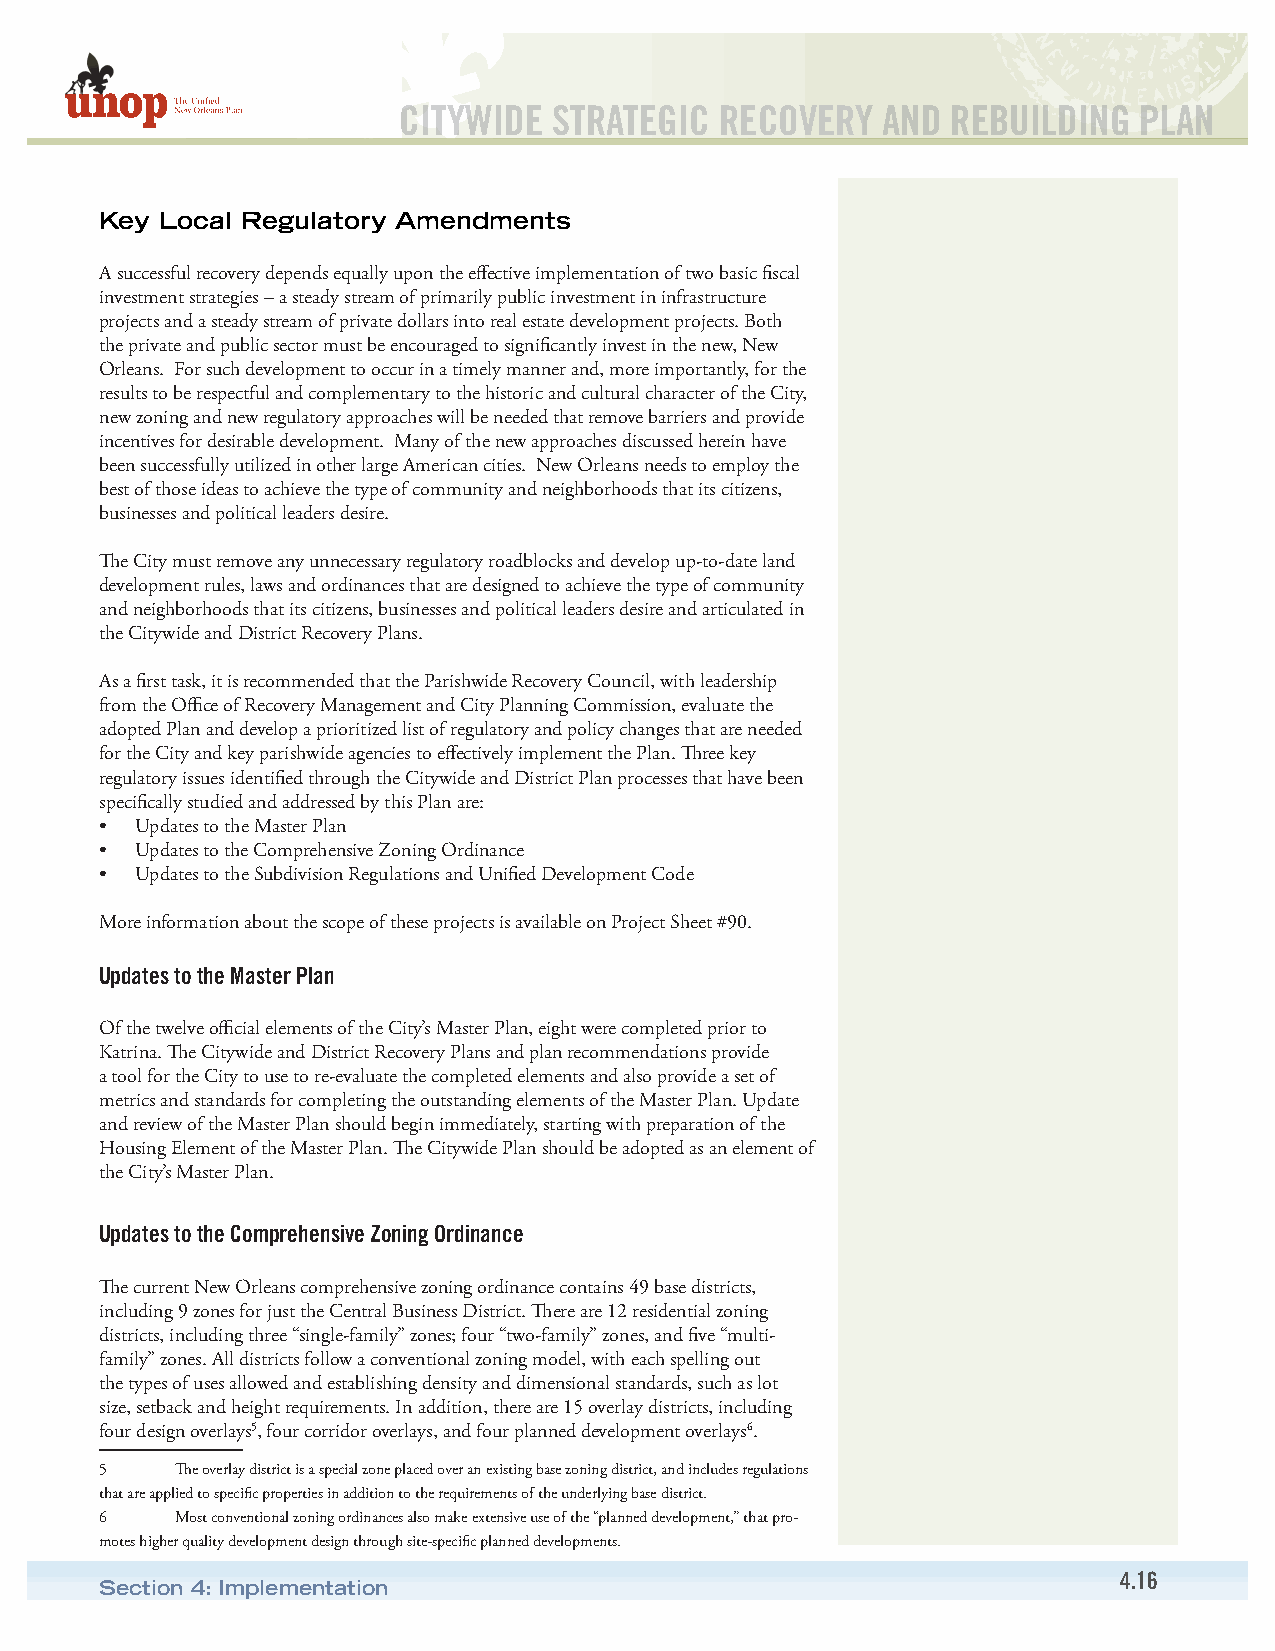
CITYWIDE   STRATEGIC  RECOVERY  AND  REBUILDING  PLAN
 Key Local Regulatory Amendments
 A successful recovery depends equally upon the effective implementation of two basic fiscal
 investment strategies – a steady stream of primarily public investment in infrastructure
 projects and a steady stream of private dollars into real estate development projects. Both
 the private and public sector must be encouraged to significantly invest in the new, New
 Orleans. For such development to occur in a timely manner and, more importantly, for the
 results to be respectful and complementary to the historic and cultural character of the City,
 new zoning and new regulatory approaches will be needed that remove barriers and provide
 incentives for desirable development. Many of the new approaches discussed herein have
 been successfully utilized in other large American cities. New Orleans needs to employ the
 best of those ideas to achieve the type of community and neighborhoods that its citizens,
 businesses and political leaders desire.
 The City must remove any unnecessary regulatory roadblocks and develop up-to-date land
 development rules, laws and ordinances that are designed to achieve the type of community
 and neighborhoods that its citizens, businesses and political leaders desire and articulated in
 the Citywide and District Recovery Plans.
 As a first task, it is recommended that the Parishwide Recovery Council, with leadership
 from the Office of Recovery Management and City Planning Commission, evaluate the
 adopted Plan and develop a prioritized list of regulatory and policy changes that are needed
 for the City and key parishwide agencies to effectively implement the Plan. Three key
 regulatory issues identified through the Citywide and District Plan processes that have been
 specifically studied and addressed by this Plan are:
 • Updates to the Master Plan
 • Updates to the Comprehensive Zoning Ordinance
 • Updates to the Subdivision Regulations and Unified Development Code
 More information about the scope of these projects is available on Project Sheet #90.
 Updates to the Master Plan
 Of the twelve official elements of the City’s Master Plan, eight were completed prior to
 Katrina. The Citywide and District Recovery Plans and plan recommendations provide
 a tool for the City to use to re-evaluate the completed elements and also provide a set of
 metrics and standards for completing the outstanding elements of the Master Plan. Update
 and review of the Master Plan should begin immediately, starting with preparation of the
 Housing Element of the Master Plan. The Citywide Plan should be adopted as an element of
 the City’s Master Plan.
 Updates to the Comprehensive Zoning Ordinance
 The current New Orleans comprehensive zoning ordinance contains 49 base districts,
 including 9 zones for just the Central Business District. There are 12 residential zoning
 districts, including three “single-family” zones; four “two-family” zones, and five “multi-
 family” zones. All districts follow a conventional zoning model, with each spelling out
 the types of uses allowed and establishing density and dimensional standards, such as lot
 size, setback and height requirements. In addition, there are 15 overlay districts, including
 four design overlays5, four corridor overlays, and four planned development overlays6.
 5    The overlay district is a special zone placed over an existing base zoning district, and includes regulations
 that are applied to specific properties in addition to the requirements of the underlying base district.
 6    Most conventional zoning ordinances also make extensive use of the “planned development,” that pro-
 motes higher quality development design through site-specific planned developments.
 4.16
 Section 4: Implementation